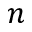
n